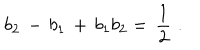
b _ { 2 } \, - \, b _ { 1 } \, + \, b _ { 1 } b _ { 2 } = \, { \frac { 1 } { 2 } } \, \, .